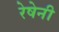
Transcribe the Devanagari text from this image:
रेषेनी